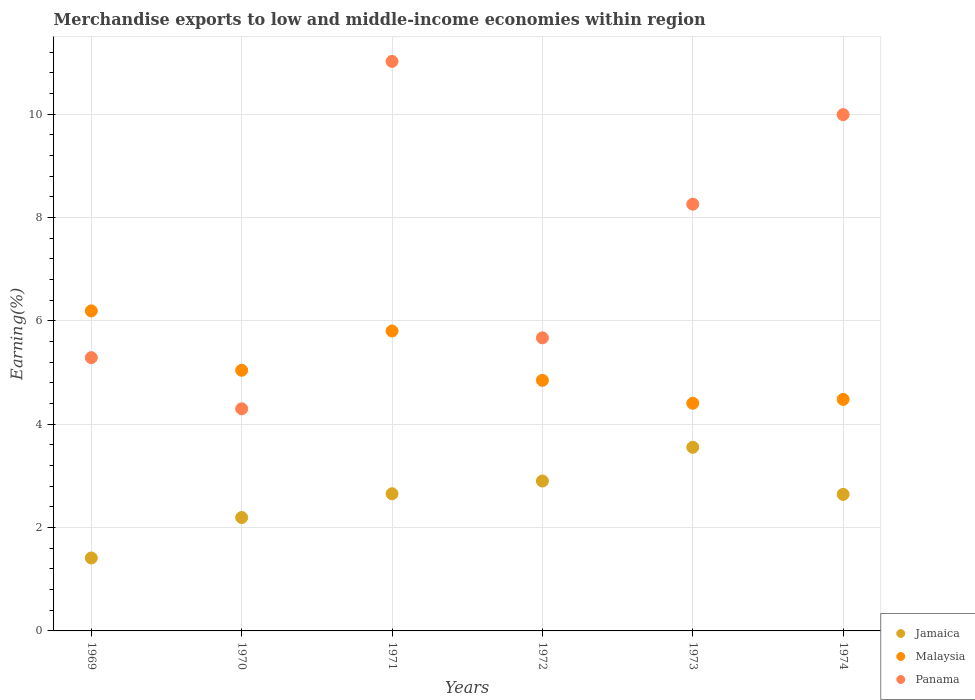
| Years | Jamaica | Malaysia | Panama |
 | --- | --- | --- | --- |
 | 1969 | 1.41 | 6.19 | 5.29 |
 | 1970 | 2.2 | 5.05 | 4.3 |
 | 1971 | 2.65 | 5.81 | 11 |
 | 1972 | 2.9 | 4.85 | 5.67 |
 | 1973 | 3.55 | 4.41 | 8.26 |
 | 1974 | 2.64 | 4.48 | 9.99 |